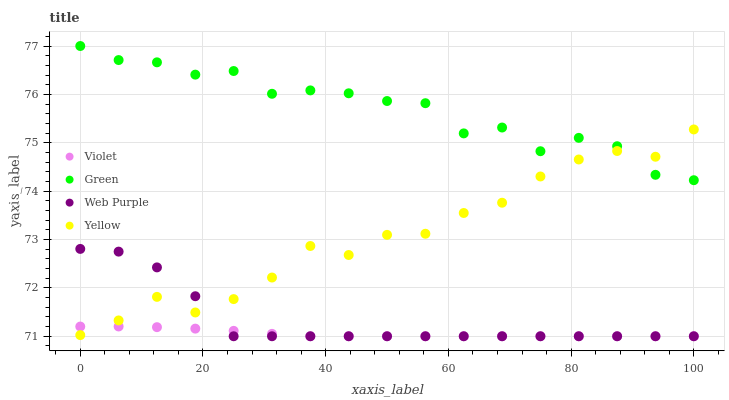
| xaxis_label | Violet | Green | Web Purple | Yellow |
 | --- | --- | --- | --- | --- |
 | 0 | 71.2 | 77 | 72.8 | 71 |
 | 6.25 | 71.2 | 76.7 | 72.7 | 71.3 |
 | 12.5 | 71.2 | 76.7 | 72.4 | 71.8 |
 | 18.8 | 71.2 | 76.4 | 71.8 | 71.5 |
 | 25 | 71.1 | 76.5 | 71 | 71.8 |
 | 31.2 | 71 | 76 | 71 | 72.2 |
 | 37.5 | 71 | 76.1 | 71 | 72.9 |
 | 43.8 | 71 | 76 | 71 | 72.7 |
 | 50 | 71 | 75.9 | 71 | 73.1 |
 | 56.2 | 71 | 75.8 | 71 | 73.1 |
 | 62.5 | 71 | 75.2 | 71 | 73.5 |
 | 68.8 | 71 | 75.3 | 71 | 73.8 |
 | 75 | 71 | 74.8 | 71 | 74.3 |
 | 81.2 | 71 | 75.1 | 71 | 74.7 |
 | 87.5 | 71 | 74.9 | 71 | 74.8 |
 | 93.8 | 71 | 74.3 | 71 | 74.7 |
 | 100 | 71 | 74.2 | 71 | 75.3 |